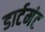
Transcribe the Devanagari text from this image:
डार्टमंट